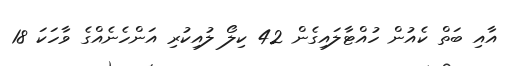
އާއި ބަތް ކެއުން ހުއްޓާލައިގެން 42 ކިލޯ ލުއިކުރި އަންހެނެއްގެ ވާހަކަ 18